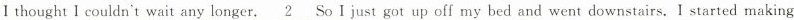
Ⅰ thought I couldn't wait any longer. \underline{2} So I just got up off my bed and went downstairs. I started making